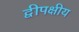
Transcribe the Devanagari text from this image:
द्वीपक्षीय